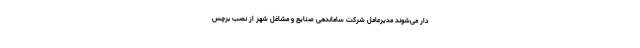
‌دار می‌شوند مدیرعامل شرکت ساماندهی صنایع و مشاغل شهر از نصب برچس